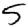
Digit: 5